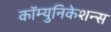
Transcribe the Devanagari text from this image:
कॉम्युनिकेशन्स